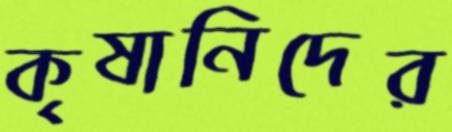
কৃষানিদের